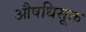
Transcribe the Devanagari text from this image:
औषधिसूक्त